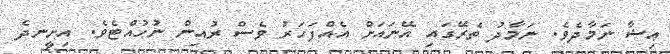
ޢިޝާ ނަމާދެވެ. ނަމާދު ތެރޭގައި އޭނައަށް އެއްފަހަރު ވެސް ރުއިން ނުހުއްޓެވެ. އިށީނދެ